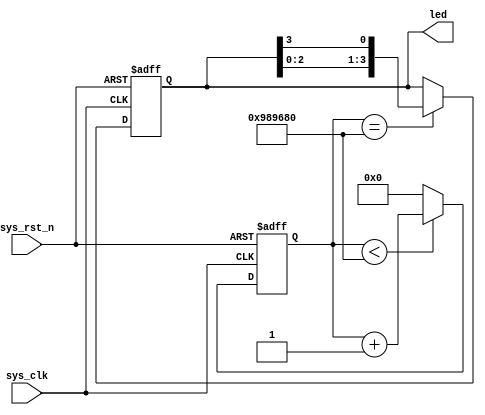

module led(
    input               sys_clk  ,  //
    input               sys_rst_n,  //
	 
    output  reg  [3:0]  led         //4LED
    );

//reg define
reg [23:0] counter;
                                                                                                                                                                                                                       

always @(posedge sys_clk or negedge sys_rst_n) begin
    if (!sys_rst_n)
        counter <= 24'd0;
    else if (counter < 24'd1000_0000)   
        counter <= counter + 1'b1;
    else
        counter <= 24'd0;
end

always @(posedge sys_clk or negedge sys_rst_n) begin
    if (!sys_rst_n)
        led <= 4'b0001;
    else if(counter == 24'd1000_0000) 
        led[3:0] <= {led[2:0],led[3]};
    else
        led <= led;
end

endmodule